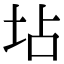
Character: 坫